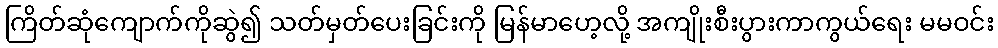
ကြိတ်ဆုံကျောက်ကိုဆွဲ၍ သတ်မှတ်ပေးခြင်းကို မြန်မာဟေ့လို့ အကျိုးစီးပွားကာကွယ်ရေး မမဝင်း